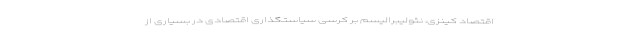
اقتصاد کینزی، نئولیبرالیسم بر کرسی سیاستگذاری اقتصادی در بسیاری از